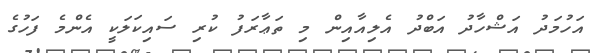
އަހުމަދު އަޝްހާދު އަބްދު އެލިއާއިން މި ތަޢާރަފު ކުރި ސައިކަލަކީ އެންމެ ފަހުގެ